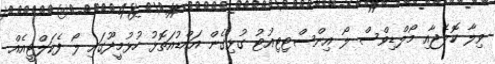
ވިލާ ކޮލެޖާއި މޯލްޑިވްސް ލޯ އިންސްޓިޓިއުޓު ގުޅިގެން އައްޑުއަތޮޅު ހުޅުމީދޫގައި ލޯ ފެކަލްޓީއެއް